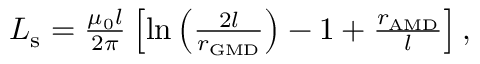
\begin{array} { r } { L _ { \mathrm { s } } = \frac { \mu _ { 0 } l } { 2 \pi } \left[ \ln \left( \frac { 2 l } { r _ { \mathrm { G M D } } } \right) - 1 + \frac { r _ { \mathrm { A M D } } } { l } \right] , } \end{array}